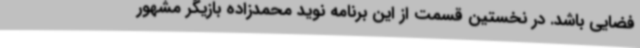
فضایی باشد. در نخستین قسمت از این برنامه نوید محمدزاده بازیگر مشهور